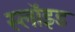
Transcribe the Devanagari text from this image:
स्लॉइड